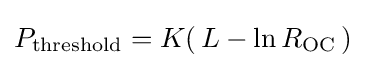
P_{\text{threshold}}=K(\,L-\ln R_{\text{OC}}\,)